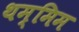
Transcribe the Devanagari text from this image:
थम्मिम